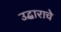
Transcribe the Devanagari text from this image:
उद्धाराचे